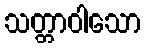
သတ္တာဝါသော